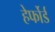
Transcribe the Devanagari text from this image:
हेर्फोर्ड